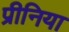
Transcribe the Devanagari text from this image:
प्रीनिया